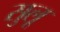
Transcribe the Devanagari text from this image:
सुलू